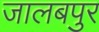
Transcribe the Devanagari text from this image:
जालबपुर